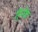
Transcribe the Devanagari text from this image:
हिनेक